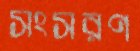
সংসরণ